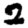
Digit: 2